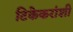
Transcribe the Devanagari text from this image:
टिकेकरांशी